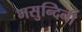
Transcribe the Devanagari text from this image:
मसुन्दिनी